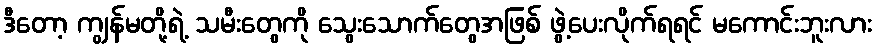
ဒီတော့ ကျွန်မတို့ရဲ့ သမီးတွေကို သွေးသောက်တွေအဖြစ် ဖွဲ့ပေးလိုက်ရရင် မကောင်းဘူးလား